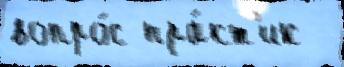
вопро́с пра́кт'ик